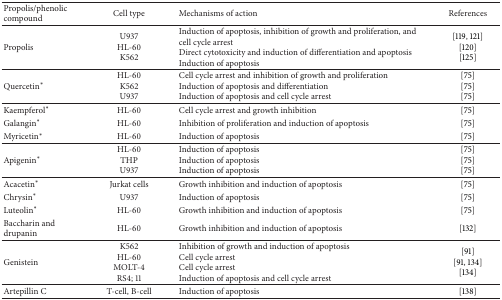
<table><thead><tr><td><b>Propolis/phenolic compound</b></td><td><b>Cell type</b></td><td><b>Mechanisms of action</b></td><td><b>References</b></td></tr></thead><tbody><tr><td>Propolis</td><td>U937HL-60K562</td><td>Induction of apoptosis, inhibition of growth and proliferation, and cell cycle arrestDirect cytotoxicity and induction of differentiation and apoptosisInduction of apoptosis</td><td>[119, 121][120][125]</td></tr><tr><td>Quercetin*</td><td>HL-60K562U937</td><td>Cell cycle arrest and inhibition of growth and proliferationInduction of apoptosis and differentiationInduction of apoptosis and cell cycle arrest</td><td>[75][75][75]</td></tr><tr><td>Kaempferol*</td><td>HL-60</td><td>Cell cycle arrest and growth inhibition</td><td>[75]</td></tr><tr><td>Galangin*</td><td>HL-60</td><td>Inhibition of proliferation and induction of apoptosis</td><td>[75]</td></tr><tr><td>Myricetin*</td><td>HL-60</td><td>Induction of apoptosis</td><td>[75]</td></tr><tr><td>Apigenin*</td><td>HL-60THPU937</td><td>Induction of apoptosisInduction of apoptosisInduction of apoptosis</td><td>[75][75][75]</td></tr><tr><td>Acacetin*</td><td>Jurkat cells</td><td>Growth inhibition and induction of apoptosis</td><td>[75]</td></tr><tr><td>Chrysin*</td><td>U937</td><td>Induction of apoptosis</td><td>[75]</td></tr><tr><td>Luteolin*</td><td>HL-60</td><td>Growth inhibition and induction of apoptosis</td><td>[75]</td></tr><tr><td>Baccharin and drupanin</td><td>HL-60</td><td>Growth inhibition and induction of apoptosis</td><td>[132]</td></tr><tr><td>Genistein</td><td>K562HL-60MOLT-4RS4; 11</td><td>Inhibition of growth and induction of apoptosisCell cycle arrestCell cycle arrestInduction of apoptosis and cell cycle arrest</td><td>[91][91, 134][134]</td></tr><tr><td>Artepillin C</td><td>T-cell, B-cell</td><td>Induction of apoptosis</td><td>[138]</td></tr></tbody></table>